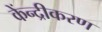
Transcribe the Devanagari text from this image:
केंन्द्रीकरण